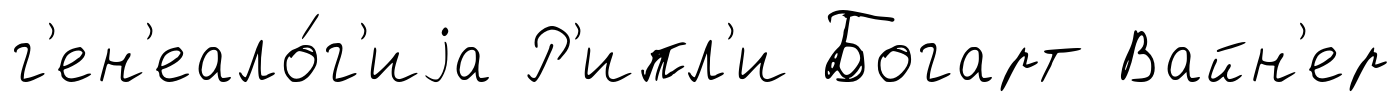
г'ен'еало́г'иjа Р'ипл'и Богарт Вайн'ер